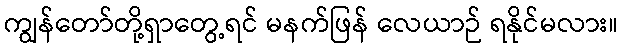
ကျွန်တော်တို့ရှာတွေ့ရင် မနက်ဖြန် လေယာဉ် ရနိုင်မလား။